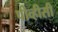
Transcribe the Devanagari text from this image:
पीव्हीसी